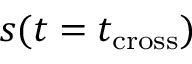
s ( t = t _ { \mathrm { c r o s s } } )